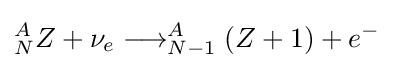
_{N}^{A}Z+\nu _{e}\longrightarrow _{N-1}^{A}(Z+1)+e^{-}